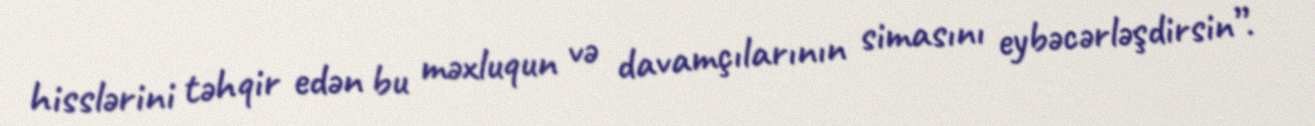
hisslərini təhqir edən bu məxluqun və davamçılarının simasını eybəcərləşdirsin”.